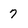
Character: 7